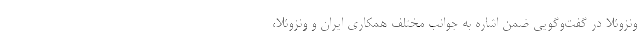
ونزوئلا در گفت‌وگویی ضمن اشاره به جوانب مختلف همکاری ایران و ونزوئلا،